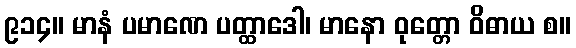
၉၁၄။ မာနံ ပမာဏေ ပတ္ထာဒေါ၊ မာနော ဝုတ္တော ဝိဓာယ စ။